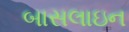
બાસલાઇન